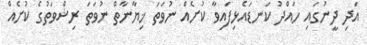
އަދި ދީނުގައި ހައްދު ކަނޑައެޅިފައިވާ ކުށެއް ނުވަތަ ޚިޔާނާތް ނުވަތަ ރިޝްވަތުގެ ކުށެއް